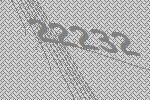
22232